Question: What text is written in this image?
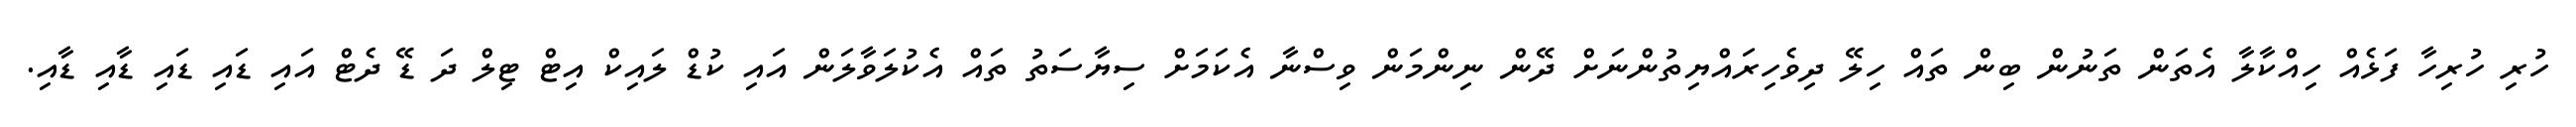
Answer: ހުރި ހުރިހާ ފަޅެއް ހިއްކާލާ އެތަން ތަނުން ބިން ތައް ހިލޭ ދިވެހިރައްޔިތުންނަށް ދޭން ނިންމަން ވިސްނާ އެކަމަށް ސިޔާސަތު ތައް އެކުލަވާލަން އައި ކުޑް ލައިކް އިޓް ޓިލް ދަ ޑޭ ދެޓް އައި ޑައި ޑައި ޑާއި ޑާއި.